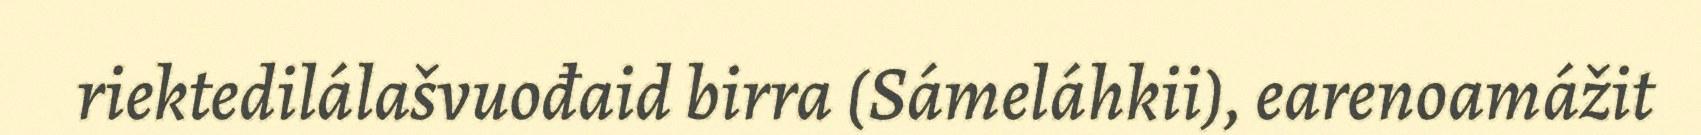
riektedilálašvuođaid birra (Sámeláhkii), earenoamážit